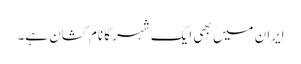
ایران میں بھی ایک شہر کا نام کشان ہے۔